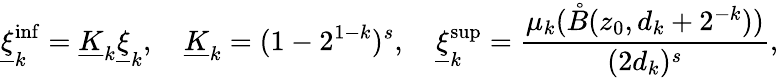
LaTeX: \underline{{\xi}}_{k}^{\operatorname*{inf}}=\underline{{K}}_{k}\underline{{\xi}}_{k},\quad\underline{{K}}_{k}=(1-2^{1-k})^{s},\quad\underline{{\xi}}_{k}^{\operatorname*{sup}}=\frac{\mu_{k}(\mathring{B}(z_{0},d_{k}+2^{-k}))}{(2d_{k})^{s}},